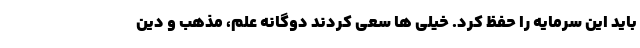
باید این سرمایه را حفظ کرد. خیلی ها سعی کردند دوگانه علم، مذهب و دین